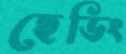
হেডিং